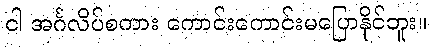
ငါ အင်္ဂလိပ်စကား ကောင်းကောင်းမပြောနိုင်ဘူး။